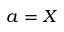
a = X